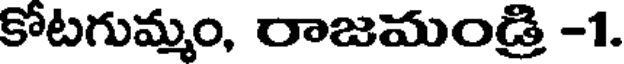
కోటగుమ్మం, రాజమండ్రి -1.